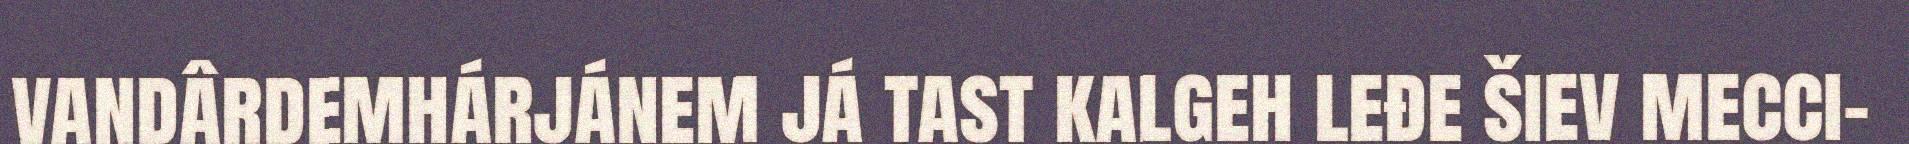
vandârdemhárjánem já tast kalgeh leđe šiev mecci-